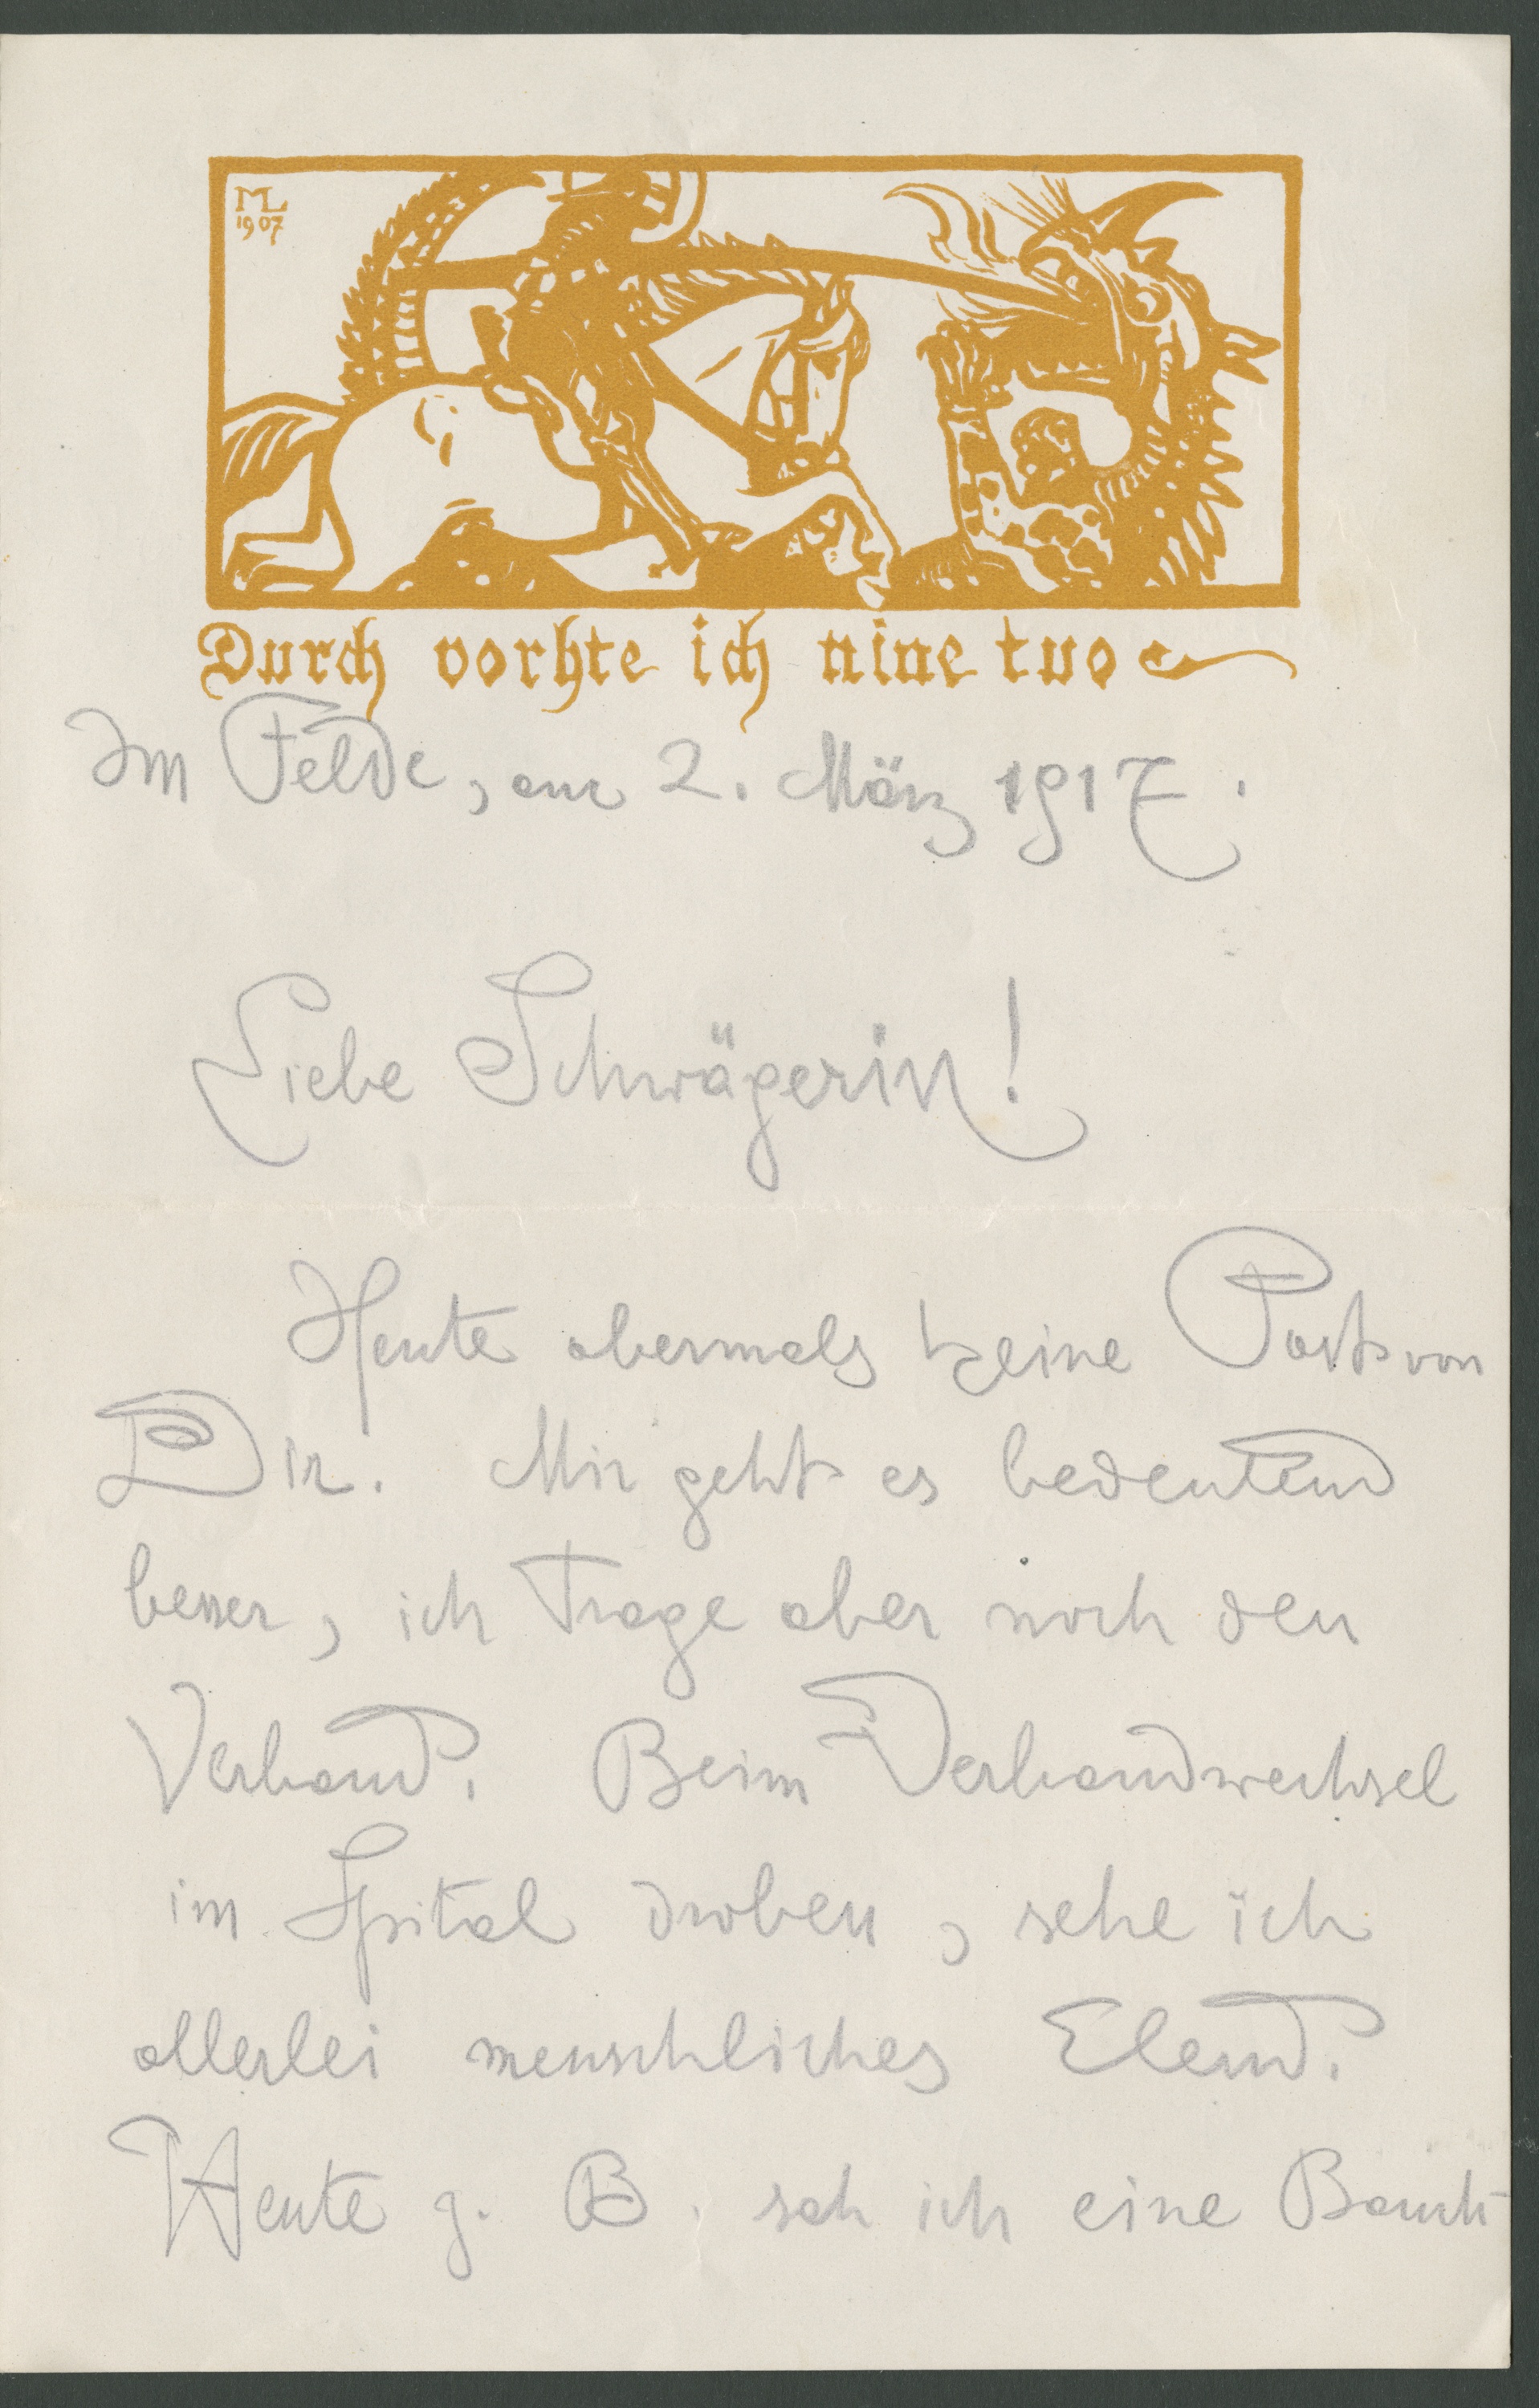
Im Felde, am 2. März 1917
Liebe Schwägerin!
Heute abermals keine Post von
Dir. Mir geht es bedeutend
besser, ich trage aber noch den
Verband. Beim Verbandwechsel
im Spital droben, sehe ich
allerlei menschliches Elend.
Heute z. B. sah ich eine Bauch-